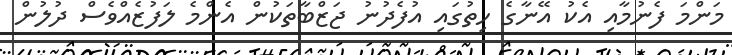
މަންމަ ފެނުމާއި އެކު އޭނާގެ ހިތުގައި އުފެދުނު ޖަޒްބާތަކުން އެންމެ ލަފުޒެއްވެސް ދުލުން